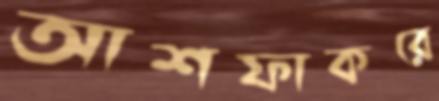
আশফাকরে